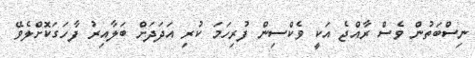
ނިސްބަތުން ވެސް ރާއްޖެ އަކީ ވެކްސިން ފުރިހަމަ ކުރި އަދަދަށް ބަލާއިރު ފާހަގަކޮށްލެވޭ